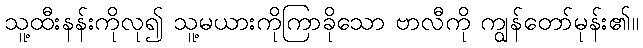
သူ့ထီးနန်းကိုလု၍ သူ့မယားကိုကြာခိုသော ဗာလီကို ကျွန်တော်မုန်း၏။